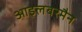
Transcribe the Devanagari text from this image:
आइलबरमैन